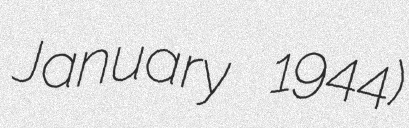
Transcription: January 1944)